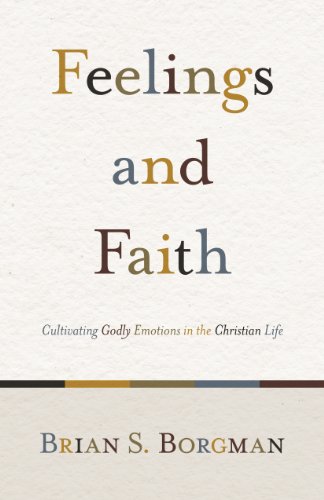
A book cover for Feelings and Faith: Cultivating Godly Emotions in the Christian Life; Brian S. Borgman; Christian Books & Bibles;